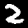
Label: 2